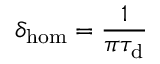
\delta _ { \mathrm { h o m } } = \frac { 1 } { \pi \tau _ { \mathrm { d } } }